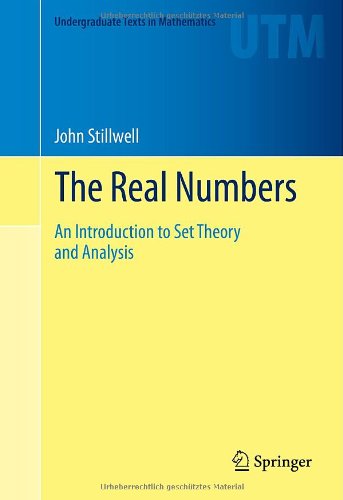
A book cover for The Real Numbers: An Introduction to Set Theory and Analysis (Undergraduate Texts in Mathematics); John Stillwell; Science & Math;